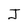
Character: J